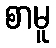
စာမူ